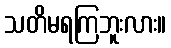
သတိမရကြဘူးလား။